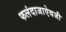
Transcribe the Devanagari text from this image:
फलंदाजाऐवजी